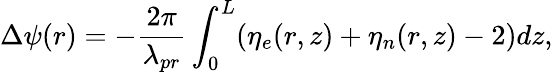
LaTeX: \Delta\psi(r)=-\frac{2\pi}{\lambda_{pr}}\int_{0}^{L}(\eta_{e}(r,z)+\eta_{n}(r,z)-2)dz,